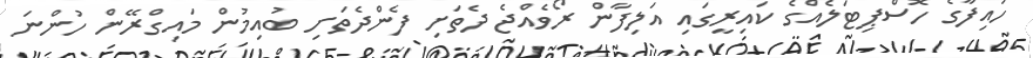
ހައިފާގެ ހޮސްޕިޓަލެއްގެ ކައިރީގައި އަލިފާން ރޯވެއްޖެ ދެތަށި ފެންދެތަށި ބުއިމުން މައިގްރޭން ހުންނަ